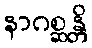
နာဂစ္ဆန္တိ